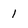
Character: I